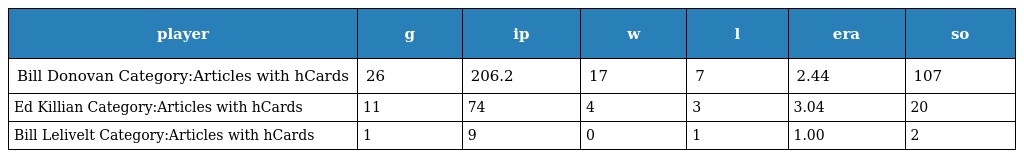
| player | g | ip | w | l | era | so |
 | --- | --- | --- | --- | --- | --- | --- |
 | Bill Donovan Category:Articles with hCards | 26 | 206.2 | 17 | 7 | 2.44 | 107 |
 | Ed Killian Category:Articles with hCards | 11 | 74 | 4 | 3 | 3.04 | 20 |
 | Bill Lelivelt Category:Articles with hCards | 1 | 9 | 0 | 1 | 1.00 | 2 |